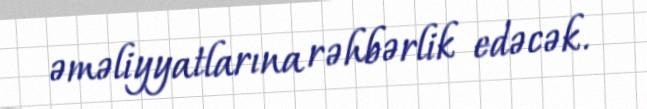
əməliyyatlarına rəhbərlik edəcək.